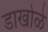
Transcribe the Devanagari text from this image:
डाखोळे